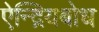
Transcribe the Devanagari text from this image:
ऐन्द्रियबोध